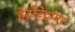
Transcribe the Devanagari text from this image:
हेट्रोटेट्रामर